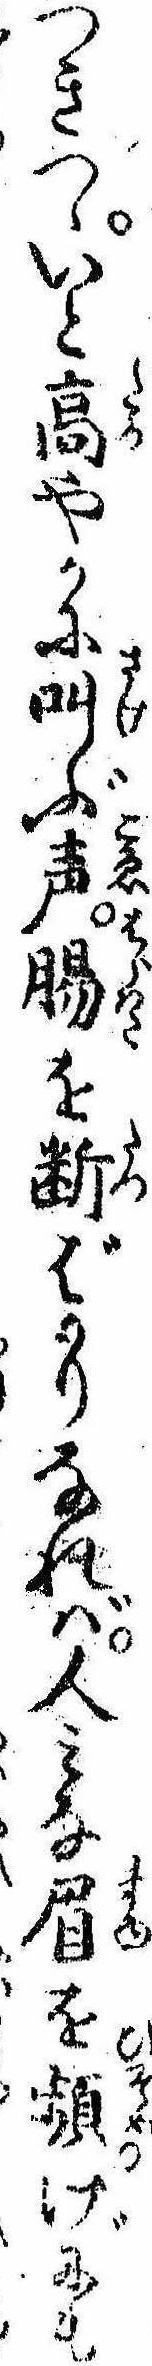
つきつゝいと高やかに叫ぶ声腸を断ばかりなれば人みな眉を頻げにも